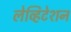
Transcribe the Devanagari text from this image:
लेव्हिटेशन